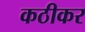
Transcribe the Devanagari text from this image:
कठीकर